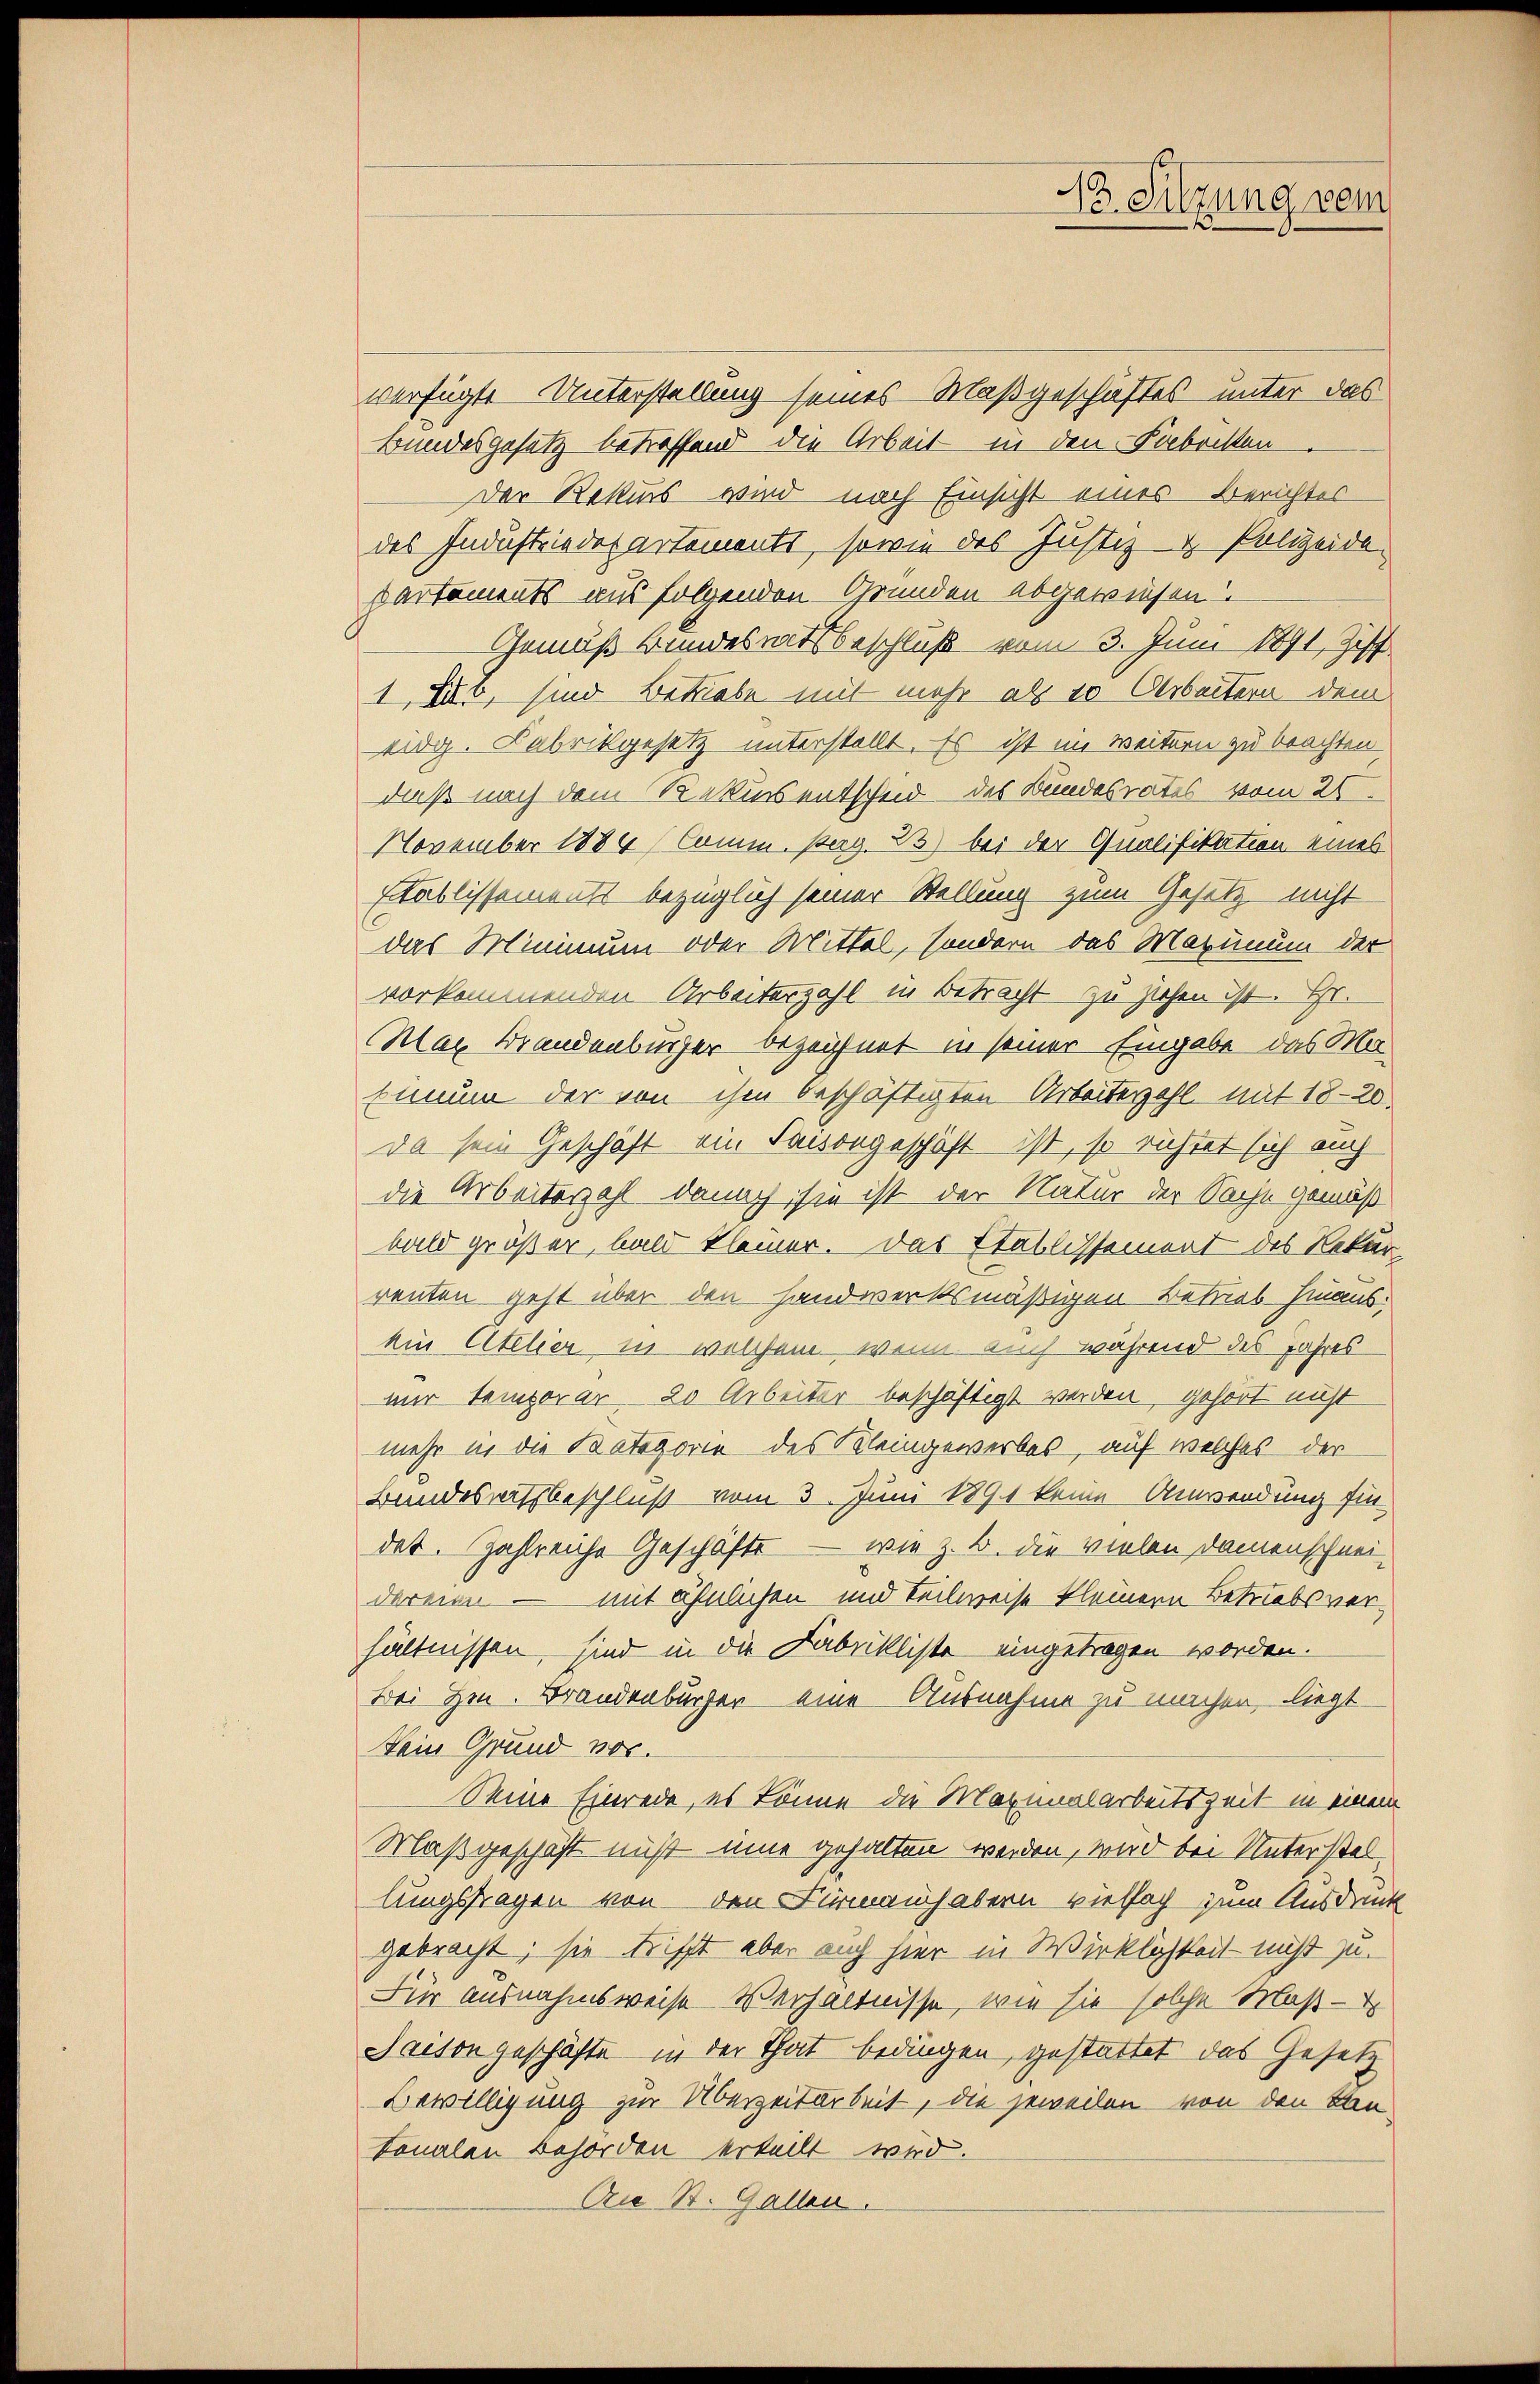
Pr. Sitzung vom

verfügte Unterstellung seines Maßgeschäftes unter das
Bundesgesetz betreffend die Arbeit in den Fabritten
Der Rekurs wird nach Einsicht eines Berichter
des Industriederartements, sowie des Justiz- & Polizeide
Partements aus folgenden Gründen abgewiesen.
Gemäß Bundesratsbeschluß vom 3. Juni 1891, Ziff.
1, XXIV, sind Betriebe mit mehr als 10 Arbeitern dem
eidg. Fabrikgesetz unterstellt. Es ist im Weitern zu beachten
daß nach dem Rekurs entscheid des Bundesrates vom 26.
November 1884 (Comm. pag. 23) bei der Qualifikation eines
Etablissements bezüglich seiner Stellung zum Gesetz nicht
das Minimum oder Mittel, sondern das Maximum der
vorkommenden Arbeiterzahl in Betracht zu stehen ist. Hr.
Mar Brandenburger bezeichnet in seiner Eingabe das Mo¬
Einum der von ihm beschäftigten Arbeiterzahl mit 18-20.
da sein Geschäft ein Facsongeschäft ist, so richtet sich auch
die Arbeiterzahl danach sie ist der Natur der Sache gemäß
bald größer, bald kleiner. Das Stablissement des Rekurrenten geht über den Handwerksmäßigen Betrieb hinaus.
kin Atelier in welchem, wenn auch während des Jahres
mir temporar 20 Arbeiter beschäftigt werden, gehört nicht
mehr in die Kategorie des Kleingewerbes, auf welches der
Bundesratsbeschluß vom 3. Juni 1891 keine Anwendung fin
dat. Zahlreiche Geschäfte — wie z. B. die vielen Damenschneidareien — mit ähnlichen und teilweise kleinern Betriebs verhältnissen, sind in die Fabrikliste eingetragen worden.
Bei Hrn. Brandenburger eine Ausnahme zu machen, liegt
Fein Grund noc
Seine Einrede, es könne die Maximalarbeitszeit in einem
Maßgeschäft nicht eine gehalten werden, wird bei Unterstellungsfragen von den Firmauch abern vielfach zum Ausdruck
gebracht; sie trifft aber auch hier in Wirklichkeit nicht zu.
Für ausnahmsweise Verhältnisse, wie sie solche Maß-
Saison geschäfte in der That bedingen, gestattet das Gesetz
Bewilligung zur Überzeitarbeit, die jeweilen von den Kan¬
Lonalen Behörden erteilt wird.
An St. Gallen.